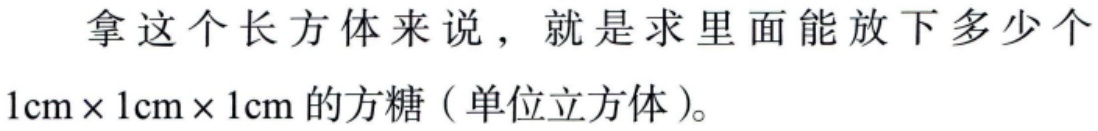
拿这个长方体来说，就是求里面能放下多少个\(1\text{cm} \times 1\text{cm} \times 1\text{cm}\)的方糖（单位立方体）。